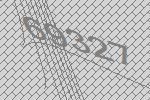
69327